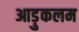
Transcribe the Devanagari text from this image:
आड़ुकलम